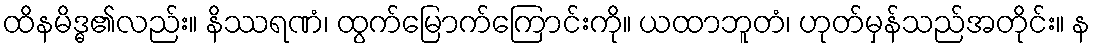
ထိနမိဒ္ဓ၏လည်း။ နိဿရဏံ၊ ထွက်မြောက်ကြောင်းကို။ ယထာဘူတံ၊ ဟုတ်မှန်သည်အတိုင်း။ န